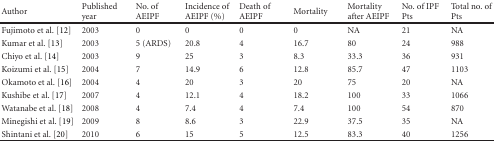
<table><thead><tr><td><b>Author</b></td><td><b>Published year</b></td><td><b>No. of AEIPF</b></td><td><b>Incidence of AEIPF (%)</b></td><td><b>Death of AEIPF</b></td><td><b>Mortality</b></td><td><b>Mortality after AEIPF</b></td><td><b>No. of IPF Pts</b></td><td><b>Total no. of Pts</b></td></tr></thead><tbody><tr><td>Fujimoto et al. [12]</td><td>2003</td><td>0</td><td>0</td><td>0</td><td>0</td><td>NA</td><td>21</td><td>NA</td></tr><tr><td>Kumar et al. [13]</td><td>2003</td><td>5 (ARDS)</td><td>20.8</td><td>4</td><td>16.7</td><td>80</td><td>24</td><td>988</td></tr><tr><td>Chiyo et al. [14]</td><td>2003</td><td>9</td><td>25</td><td>3</td><td>8.3</td><td>33.3</td><td>36</td><td>931</td></tr><tr><td>Koizumi et al. [15]</td><td>2004</td><td>7</td><td>14.9</td><td>6</td><td>12.8</td><td>85.7</td><td>47</td><td>1103</td></tr><tr><td>Okamoto et al. [16]</td><td>2004</td><td>4</td><td>20</td><td>3</td><td>20</td><td>75</td><td>20</td><td>NA</td></tr><tr><td>Kushibe et al. [17]</td><td>2007</td><td>4</td><td>12.1</td><td>4</td><td>18.2</td><td>100</td><td>33</td><td>1066</td></tr><tr><td>Watanabe et al. [18]</td><td>2008</td><td>4</td><td>7.4</td><td>4</td><td>7.4</td><td>100</td><td>54</td><td>870</td></tr><tr><td>Minegishi et al. [19]</td><td>2009</td><td>8</td><td>8.6</td><td>3</td><td>22.9</td><td>37.5</td><td>35</td><td>NA</td></tr><tr><td>Shintani et al. [20]</td><td>2010</td><td>6</td><td>15</td><td>5</td><td>12.5</td><td>83.3</td><td>40</td><td>1256</td></tr></tbody></table>